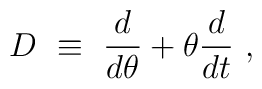
D ~\equiv~ \frac{d}{d\theta} + \theta \frac{d}{dt} ~,